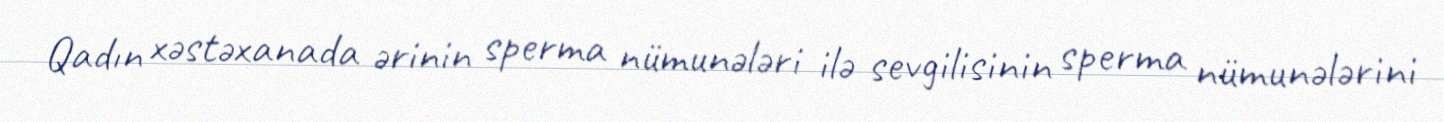
Qadın xəstəxanada ərinin sperma nümunələri ilə sevgilisinin sperma nümunələrini